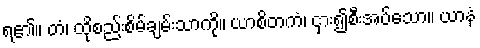
ရ၏။ တံ၊ ထိုစည်းစိမ်ချမ်းသာကို။ ယာစိတကံ၊ ငှား၍စီးအပ်သော။ ယာနံ